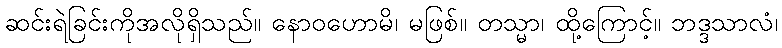
ဆင်းရဲခြင်းကိုအလိုရှိသည်။ နောဝဟောမိ၊ မဖြစ်။ တသ္မာ၊ ထို့ကြောင့်။ ဘဒ္ဒသာလံ၊